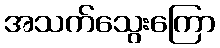
အသက်သွေးကြော